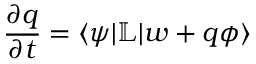
\frac { \partial q } { \partial t } = \langle \psi | \mathbb { L } | w + q \phi \rangle